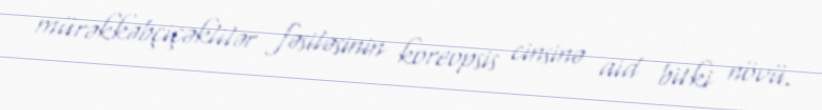
mürəkkəbçiçəklilər fəsiləsinin koreopsis cinsinə aid bitki növü.